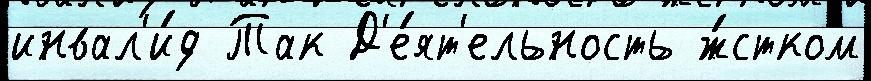
инвал'и́д Так Д'е́ят'ельность ж́стком